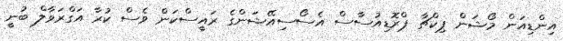
އިންޑިއަން މޯޝަން ޕިކްޗާ ޕްރޮޑިއުސާސް އެސޯސިއޭޝަންގެ ރައީސްކަން ވެސް ކުރާ އަގްރަވާލް ބުނީ